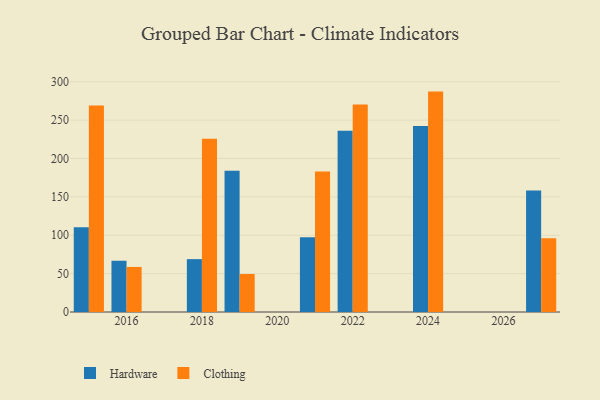
{"axis": {"x": "Year", "y": "Backlog"}, "legend": ["Clothing", "Hardware"], "data": [{"x": "2024", "y": 242.4, "type": "Hardware"}, {"x": "2024", "y": 287.2, "type": "Clothing"}, {"x": "2022", "y": 236.3, "type": "Hardware"}, {"x": "2022", "y": 270.3, "type": "Clothing"}, {"x": "2018", "y": 68.9, "type": "Hardware"}, {"x": "2018", "y": 225.9, "type": "Clothing"}, {"x": "2027", "y": 158.4, "type": "Hardware"}, {"x": "2027", "y": 96.0, "type": "Clothing"}, {"x": "2016", "y": 66.8, "type": "Hardware"}, {"x": "2016", "y": 58.7, "type": "Clothing"}, {"x": "2019", "y": 184.2, "type": "Hardware"}, {"x": "2019", "y": 49.5, "type": "Clothing"}, {"x": "2021", "y": 97.3, "type": "Hardware"}, {"x": "2021", "y": 183.0, "type": "Clothing"}, {"x": "2015", "y": 110.4, "type": "Hardware"}, {"x": "2015", "y": 269.1, "type": "Clothing"}]}